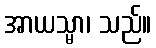
အာယသ္မာ၊ သည်။